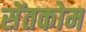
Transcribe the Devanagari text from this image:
सेंतकोम